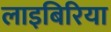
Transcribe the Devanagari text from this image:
लाइबिरिया